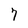
Character: 7